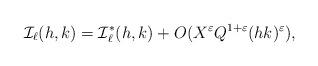
LaTeX: \begin{align*}\mathcal{I}_{\ell}(h,k) = \mathcal{I}_{\ell}^*(h,k) + O(X^{\varepsilon}Q^{1+\varepsilon}(hk)^{\varepsilon}),\end{align*}